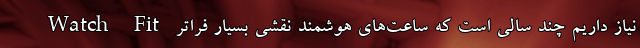
Watch Fit نیاز داریم چند سالی است که ساعت‌های هوشمند نقشی بسیار فراتر